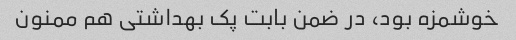
خوشمزه بود، در ضمن بابت پک بهداشتی هم ممنون